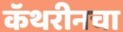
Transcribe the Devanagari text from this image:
कॅथरीनचा